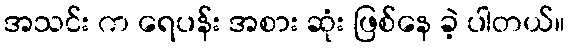
အသင်း က ရေပန်း အစား ဆုံး ဖြစ်နေ ခဲ့ ပါတယ်။